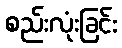
စည်းလုံးခြင်း